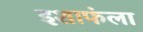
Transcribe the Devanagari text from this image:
इशाफंला